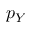
p _ { Y }